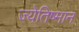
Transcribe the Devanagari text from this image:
ज्येतिष्मान